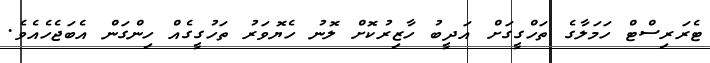
ޓެރަރިސްޓް ހަމަލާގެ ތަހްގީގަށް އަދީބު ހާޒިރުކޮށް ލޮނު ހެޔޮވަރު ތަހުގީގެއް ހިންގަން އެބަޖެހެއެވެ.